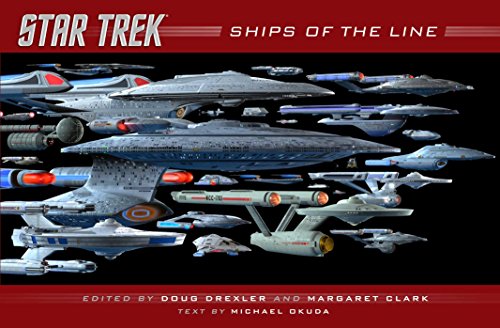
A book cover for Star Trek: Ships of the Line; Doug Drexler; Science Fiction & Fantasy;